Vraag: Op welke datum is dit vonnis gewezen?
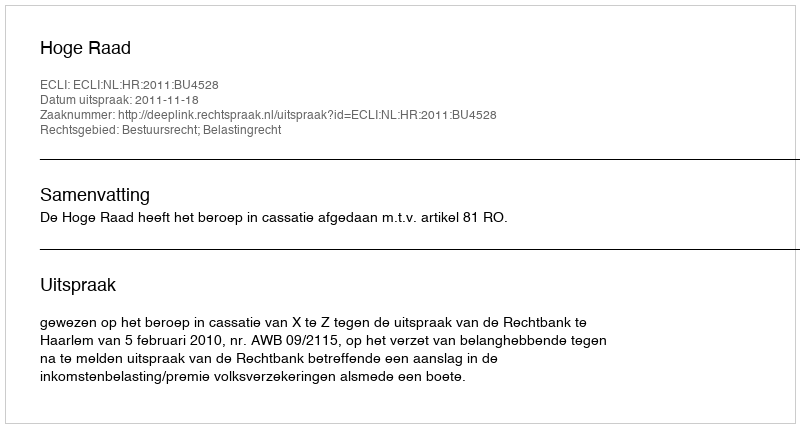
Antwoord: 2011-11-18